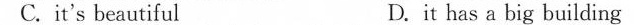
C.it's beautiful D.it has a big building